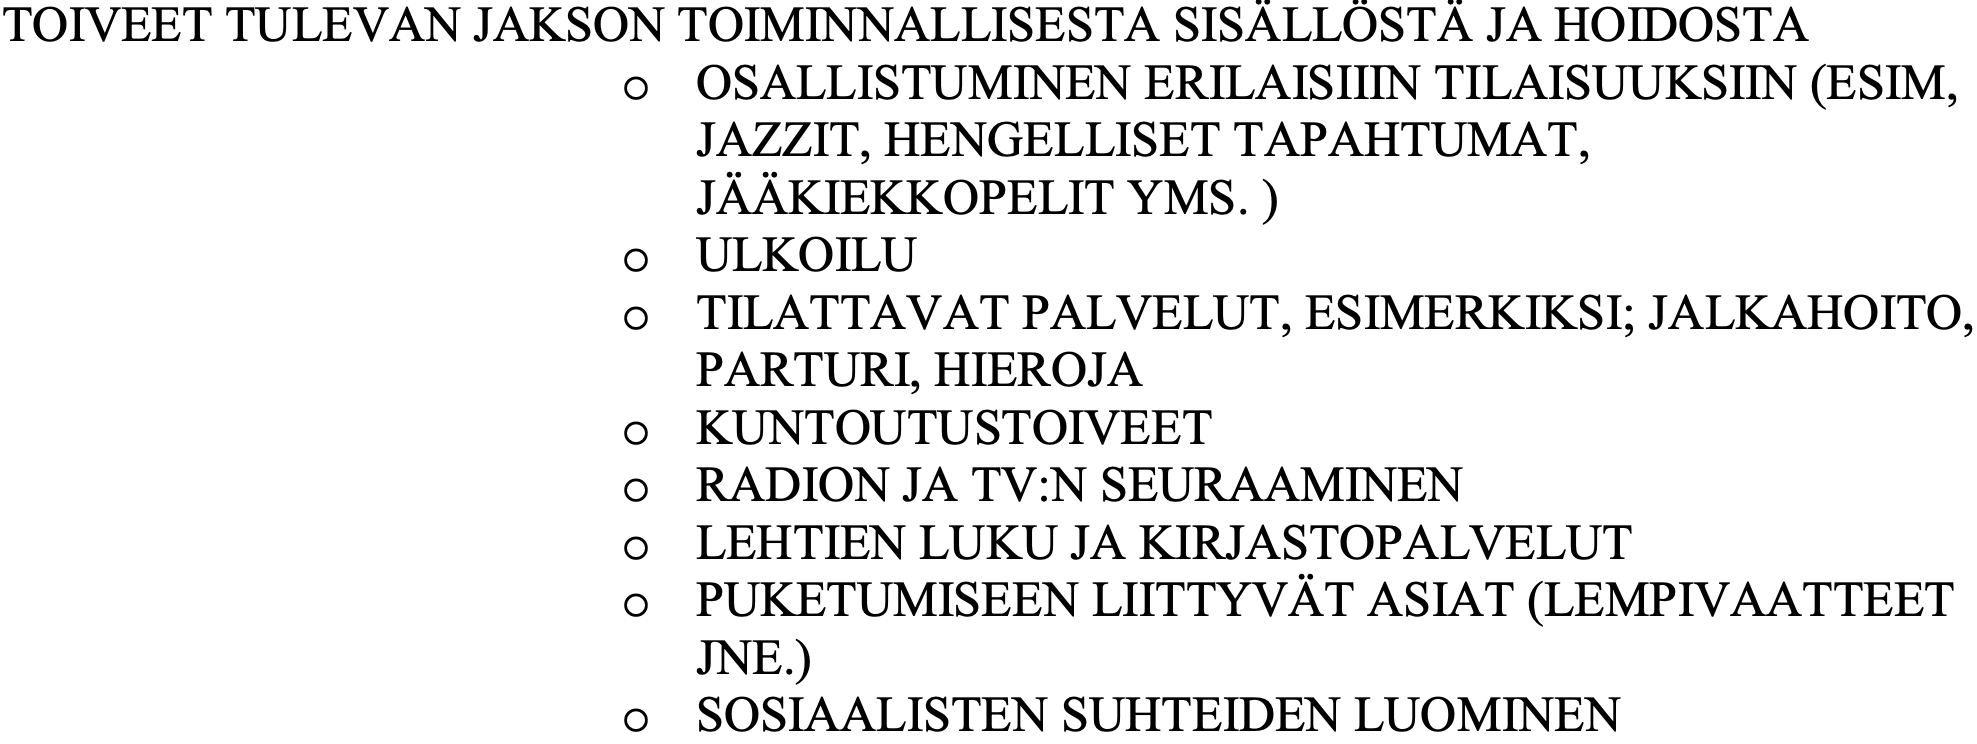
TOIVEET TULEVAN JAKSON TOIMINNALLISESTA SISÄLLÖSTÄ JA HOIDOSTA o  OSALLISTUMINEN ERILAISIIIN TILAISUUKSIIN (ESIM, JAZZIT, HENGELLISET TAPAHTUMAT, JÄÄKIEKKOPELIT YMS. ) o  ULKOILU o  TILATTAVAT PALVELUT, ESIMERKIKSI; JALKAHOITO, PARTURI, HIEROJA o  KUNTOUTUSTOIVEET o  RADION JA TV:N SEURAAMINEN o  LEHTIEN LUKU JA KIRJASTOPALVELUT o  PUKETUMISEEN LIITTYVÄT ASIAT (LEMPIVAATTEET JNE.) o  SOSIAALISTEN SUHTEIDEN LUOMINEN